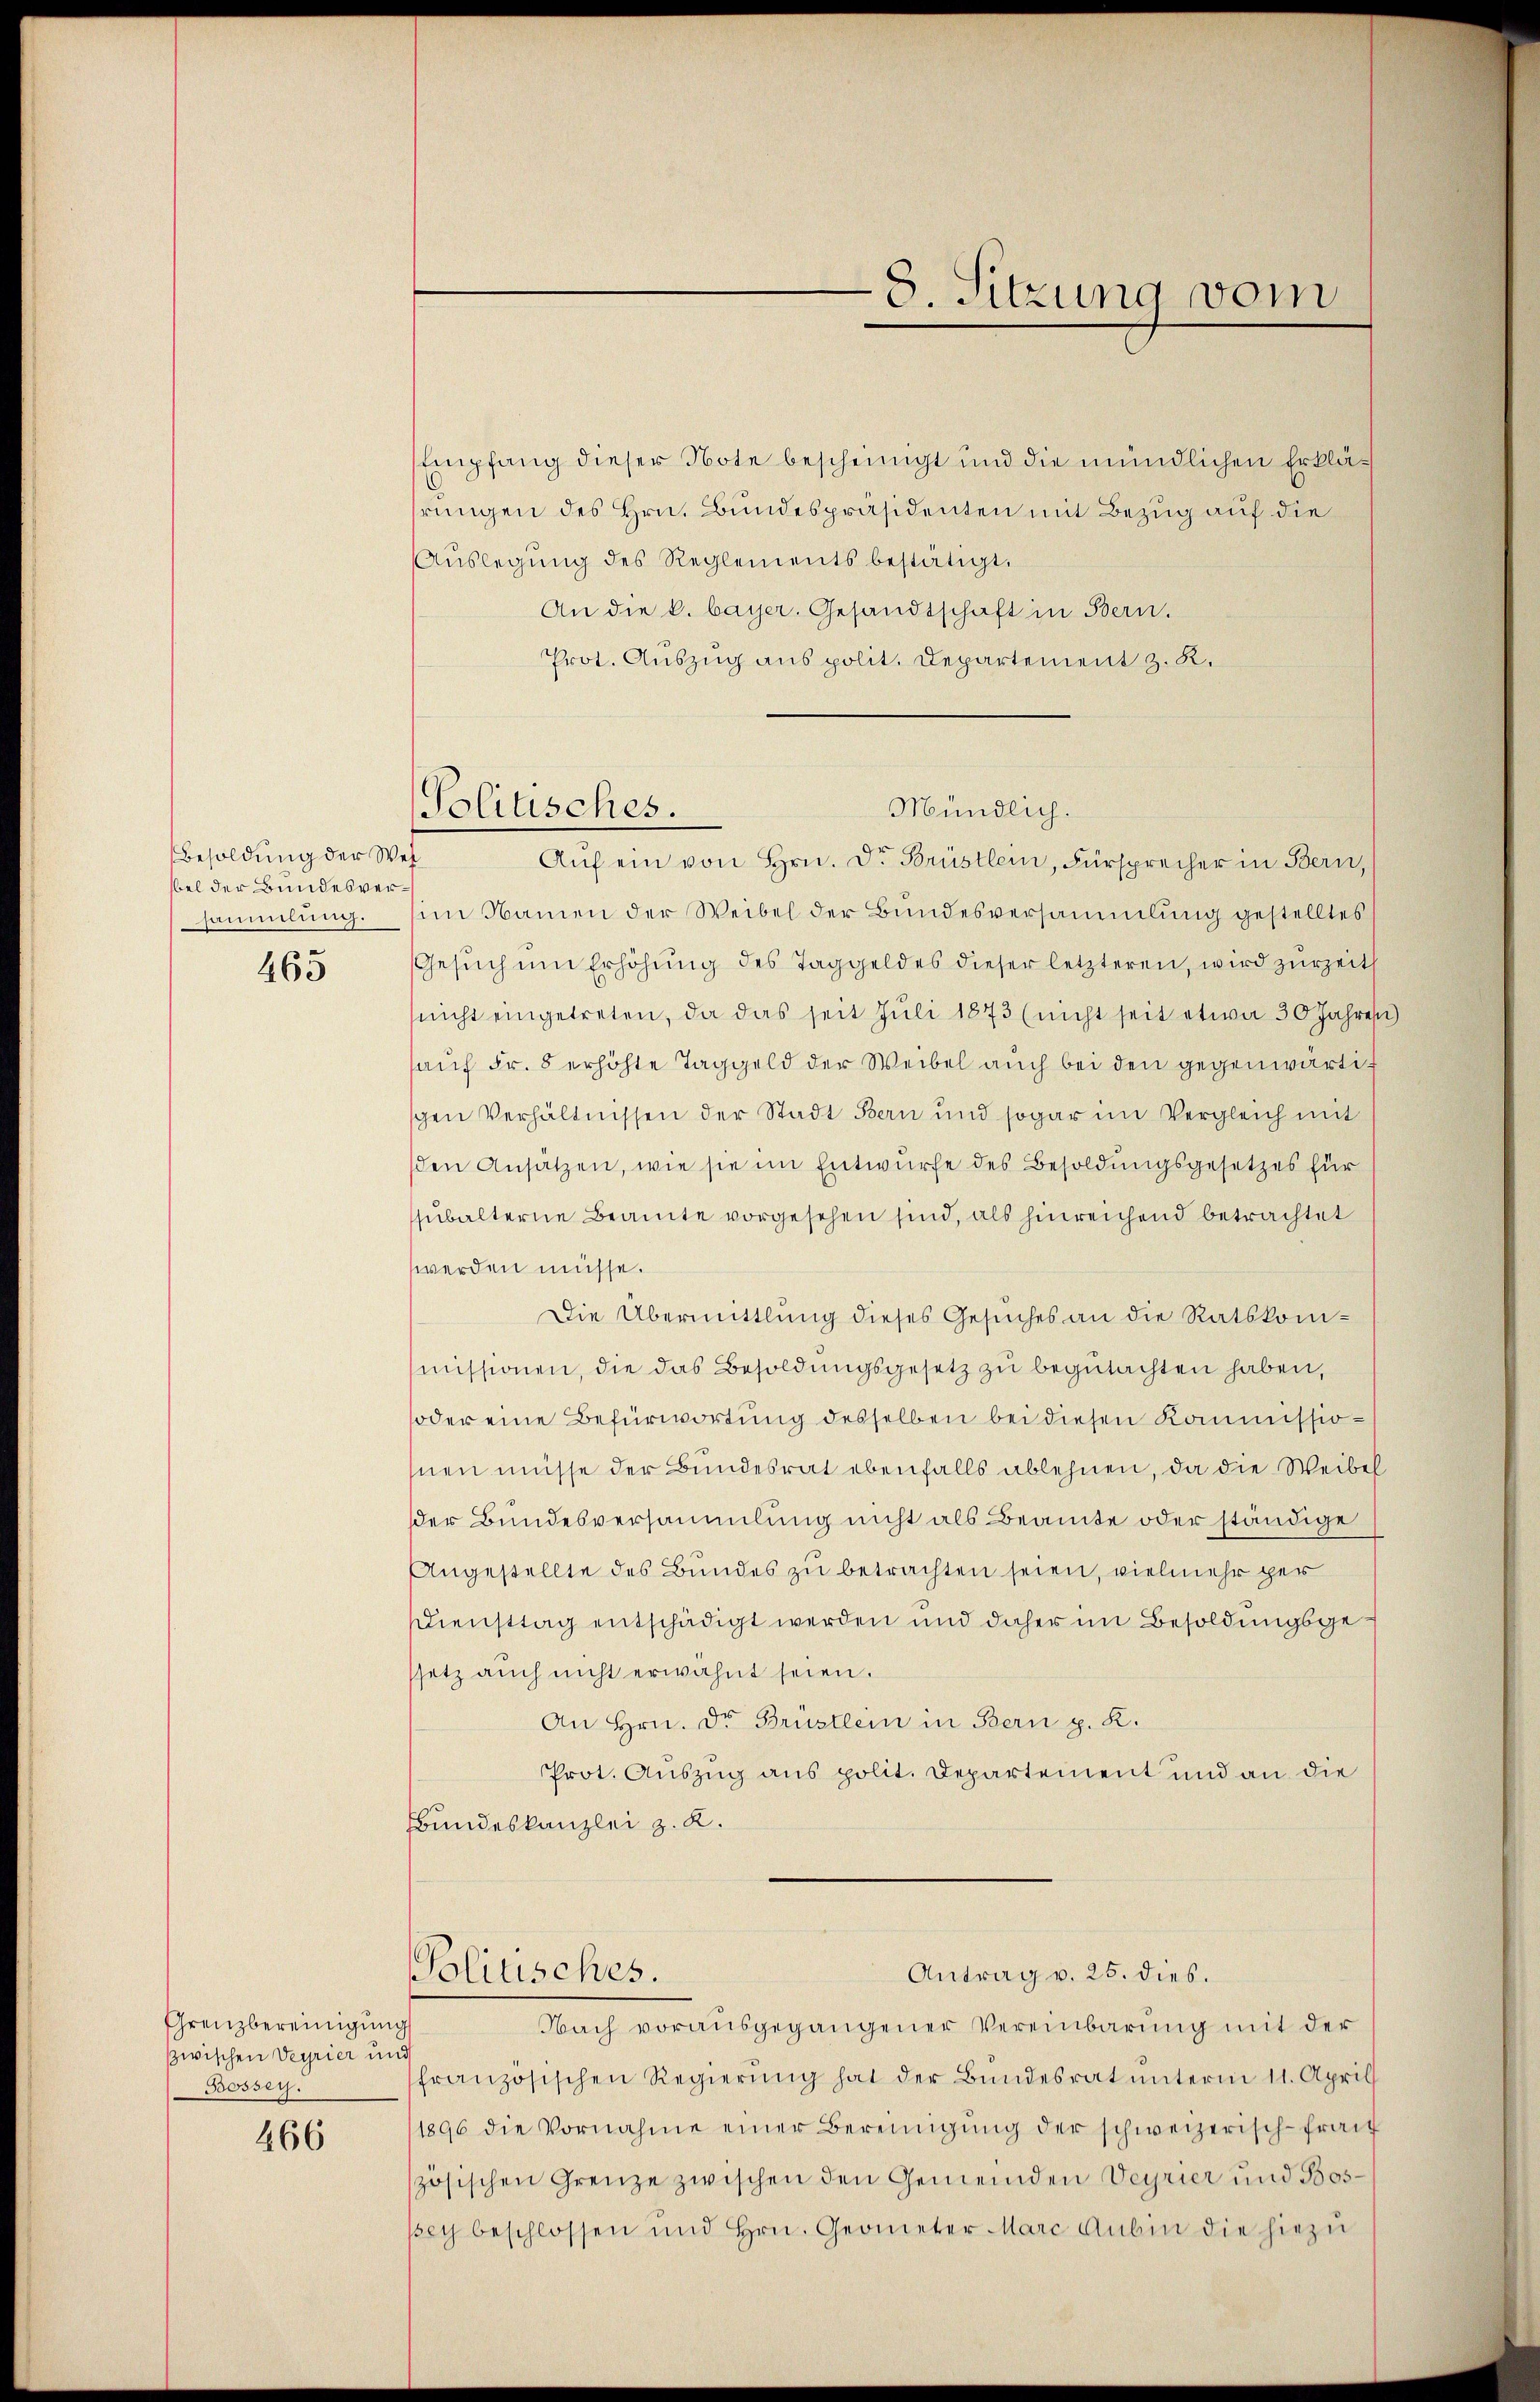
465

466

Besoldung der Wes
bel der Bundesversammlung.

Grenzbereinigung
zwischen Verrier und
Bossey.

Empfang dieser Note bescheinigt und die mündlichen Erklärungen des Hrn. Bundespräsidenten mit Bezug auf die
Auslegung des Reglements bestätigt.
An die k. bayer. Gesandtschaft in Bern.
Prot. Auszug aus polit. Departement z. R.
Aŭf ein von Hrn. Dr Brüstler, Fürsprecher in Bern,
im Namen der Weibel der Bundesversammlung gestelltes
Gesuch um Erhöhung des Taggeldes dieser letzteren, wird zur Zeit
nicht eingetreten, da das seit Juli 1873 (nicht seit etwa 30 Jahres
auf Fr. 8 erhöhte Taggeld der Weibel auch bei den gegenwärtigen Verhältnissen der Stadt Bern und sogar im Vergleich mit
den Ansätzen, wie sie im Entwurfe des Besoldungsgesetzes für
subalterne Beamte vorgesehen sind, als hinreichend betrachtet
werden müsse.
Die Übermittlung dieses Gesuches an die Ratskommissionen, die das Besoldungsgesetz zu begutachten haben,
oder eine Befürwortung desselben bei diesen Kommissiohnen müsse der Bundesrat ebenfalls ablehnen, da die Weibel
der Bundesversammlung nicht als Beamte oder ständige
Angestellte des Bundes zu betrachten seien, vielmehr per
Diensttag entschädigt werden und daher im Besoldungsges
ssetz auch nicht erwähnt seien.
An Hrn. Dr Brustlein in Bern p. K.
Prot. Auszug aus polit. Departement und an die
Bundeskanzlei z. K.
Antrag v. 25. dies.
Politisches.
Nach vorausgegangener Vereinbarung mit der
französischen Regierŭng hat der Bŭndesrat ŭnterm 11. April
1896 die Vornahme einer Bereinigŭng der schweizerisch-frai
zösischen Grenze zwischen den Gemeinden Veyrier und Bossey beschlossen und Hrn. Geometer Marc Anbin die hiezu

Politisches.

8. Sitzung vom

Mündlich.